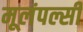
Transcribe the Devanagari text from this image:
मूलंपल्सी